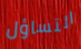
التساؤل